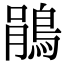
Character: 鵑